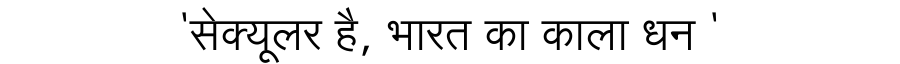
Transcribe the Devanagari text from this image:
'सेक्यूलर है, भारत का काला धन '